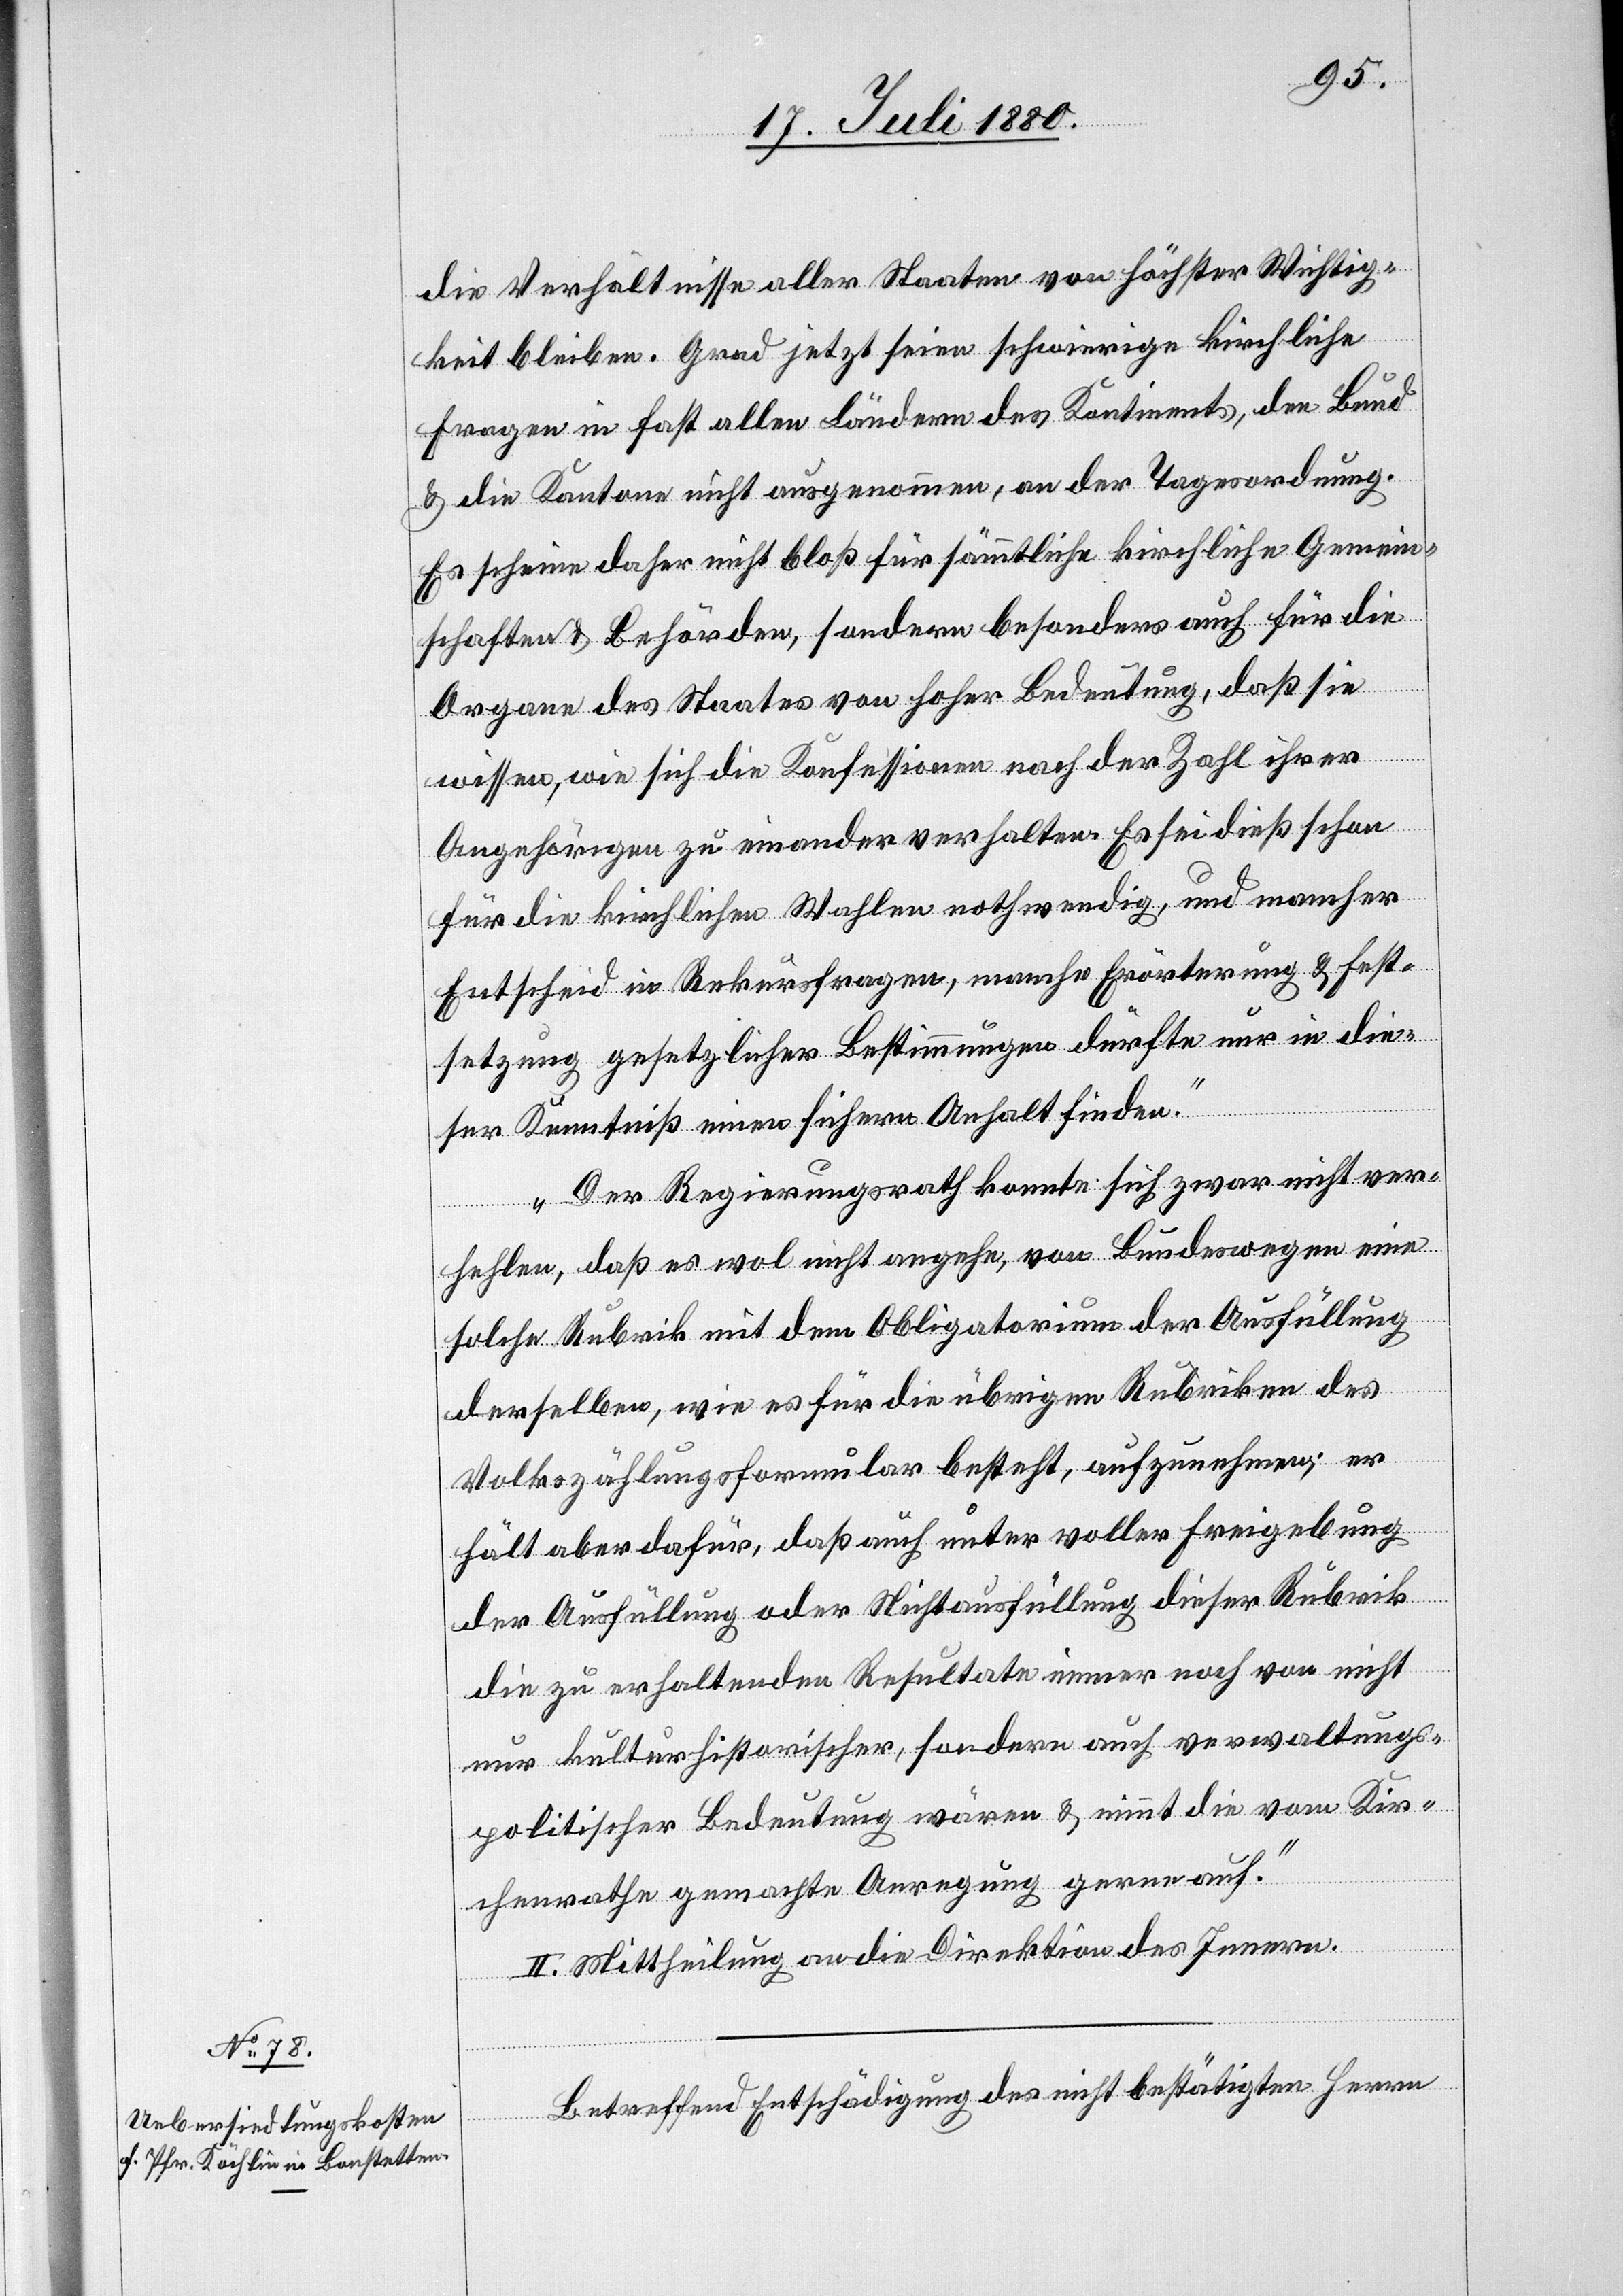
die Verhältnisse aller Staaten von höchster Wichtig¬
keit bleiben. Grad jetzt seien schwierige kirchliche
Fragen in fast allen Ländern des Kontinents, den Bund
& die Kantone nicht ausgenommen, an der Tagesordnung.
Es scheine daher nicht bloß für sämmtliche kirchliche Gemein¬
schaften & Behörden, sondern besonders auch für die
Organe des Staates von hoher Bedeutung, daß sie
wissen, wie sich die Konfessionen nach der Zahl ihrer
Angehörigen zu einander verhalten. Es sei dieß schon
für die kirchlichen Wahlen nothwendig, und mancher
Entscheid in Rekursfragen, manche Erörterung & Fest¬
setzung gesetzlicher Bestimmungen dürfte nur in die¬
ser Kenntniß einen sichern Anhalt finden.
Der Regierungsrath konnte sich zwar nicht ver¬
hehlen, daß es wol nicht angehe, von Bundeswegen eine
solche Rubrik mit dem Obligatorium der Ausfüllung
derselben, wie es für die übrigen Rubriken des
Volkszählungsformular besteht, aufzunehmen; er
hält aber dafür, daß auch unter voller Freigebung
der Ausfüllung oder Nichtausfüllung dieser Rubrik
die zu erhaltenden Resultate immer noch von nicht
nur kulturhistorischer, sondern auch verwaltungs¬
politischer Bedeutung wären & nimmt die vom Kir¬
chenrathe gemachte Anregung gerne auf.“
II. Mittheilung an die Direktion des Innern.
Betreffend Entschädigung des nicht bestätigten Herrn